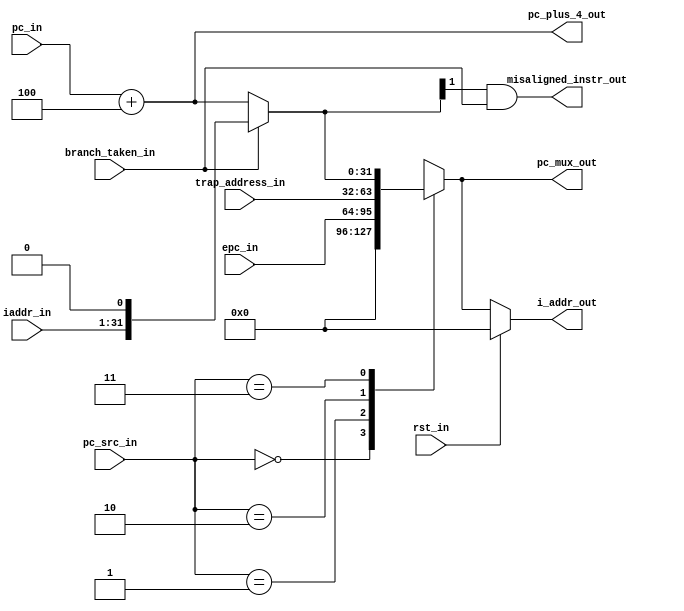
module msrv32_pc(rst_in,pc_src_in, pc_in, epc_in, trap_address_in, branch_taken_in, iaddr_in, misaligned_instr_out, pc_mux_out, pc_plus_4_out, i_addr_out);

/// ipnut output and other variable declaration

	input rst_in, branch_taken_in;
	input [1:0] pc_src_in;
	input [31:0] pc_in, epc_in, trap_address_in;
	input [30:0] iaddr_in;

	output 				misaligned_instr_out;
	output 		[31:0] 	pc_plus_4_out;
	output reg 	[31:0] 	pc_mux_out;

	wire 		[31:0] 	iaddr_out_in;
	output  	[31:0] 	i_addr_out;
	wire 		[31:0] 	next_pc;

	wire [31:0] BOOT_ADDESS=32'h0;

/// pc_plus_4_out logic ////

assign pc_plus_4_out = pc_in + 32'd4;

/// pc_mux_out logic
/*
always@(*)
begin
	if(rst_in)
		begin
			i_addr_out = BOOT_ADDESS;
		end
	else
		begin
			i_addr_out = pc_mux_out;
		end
end*/

assign i_addr_out = rst_in ? BOOT_ADDESS : pc_mux_out;

//// pc_mux_out logic

always@(*)
begin
	case(pc_src_in)
		2'b00	:	pc_mux_out = BOOT_ADDESS;
		2'b01	:	pc_mux_out = epc_in;
		2'b10	:	pc_mux_out = trap_address_in;
		2'b11	:	pc_mux_out = next_pc;
		default	:	pc_mux_out = next_pc;
	endcase
end
/// next_pc logic
/*
always@(*)
begin
	if(branch_taken_in)
		next_pc = iaddr_out_in;
	else
		next_pc = pc_plus_4_out;
end
*/
assign next_pc = branch_taken_in ? iaddr_out_in : pc_plus_4_out; 

//// concat logic

assign iaddr_out_in = {iaddr_in,1'b0};

/// misaligned_instr_out logic

assign misaligned_instr_out = next_pc[1] && branch_taken_in;

endmodule